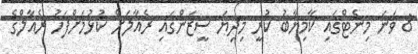
8 ވަނަ މިނެޓްގައި ކާމިޔާބު ކުރީ މިދިޔަ ސީޒަންގައި ރެއާލަށް ކުޅުމަށްފަހު ރެއާލްގެ